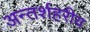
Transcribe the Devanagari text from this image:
अन्तर्शहरीय